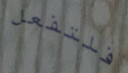
فلتفعل